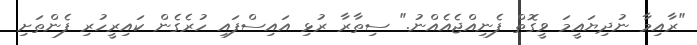
"ރާއިމާ ނުދިޔައީމަ ވީގޮތް ފެނިއްޖެއެއްނު." ސިތާރާ ރުޅި އައިސްފައި ހުރެގެން ކައިރީހުރި ފެންތަށި